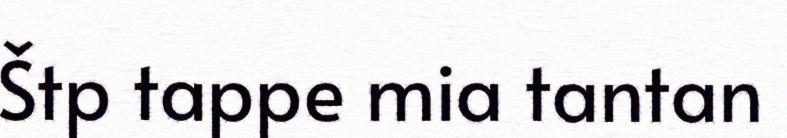
Štp tappe mia tantan